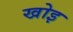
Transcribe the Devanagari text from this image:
खोइ